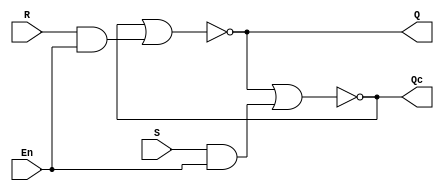
module srlatch(S,R,En,Q,Qc);
	input S, R;    
	input En; 
	output Q, Qc;     
	assign	Q  = ~(Qc | (R & En));
	assign  Qc = ~(Q  | (S & En));

endmodule

//4-bit S-R latch module
module srlatch4(S,R,En,Q,Qc);
    input [3:0] S, R;    
    input En; 
    output [3:0] Q, Qc;     
    
    srlatch l0 (S[0],R[0],En,Q[0], Qc[0]);
    srlatch l1 (S[1],R[1],En,Q[1], Qc[1]);
    srlatch l2 (S[2],R[2],En,Q[2], Qc[2]);
    srlatch l3 (S[3],R[3],En,Q[3], Qc[3]);
endmodule
//************************************************************************
//End of Sample Solution
//************************************************************************
	module srlatch4_tb;
		reg [3:0] S, R, Qp, Qcp;
		reg En;
		wire [3:0] Q, Qc;

		srlatch4 srl4 ( S, R, En, Q, Qc);
    		srlatch  srl  (S[0],R[0],En,Q[0], Qc[0]);

		parameter STDIN = 32'h8000_0000;
		integer testid;
		integer ret;

		initial begin  

			ret = $fscanf(STDIN,"%d",testid);
			case(testid)
				0:    	begin
						S = 4'b0000; R = 4'b1111; En = 1; 
						#5; {Qp, Qcp} = {Q, Qc}; S = 4'b0000; R = 4'b0000; En = 1;
					end
				1:    	begin
						S = 4'b0101; R = 4'b1010; En = 1; 
						#5; {Qp, Qcp} = {Q, Qc}; S = 4'b1100; R = 4'b0000; En = 0;    
					end
				2:    	begin
						S = 4'b1111; R = 4'b0000; En = 1; 
						#5; {Qp, Qcp} = {Q, Qc}; S = 4'b1100; R = 4'b0011; En = 1;    
					end
				3:    	begin
						S = 4'b1100; R = 4'b0011; En = 1; 
						#5; {Qp, Qcp} = {Q, Qc}; S = 4'b1010; R = 4'b0101; En = 1;    
					end
				
				default:	begin
							$display("Bad testcase id %d",testid);
        						$finish();
						end
			endcase
        		#5;
			if ( (testid==0 && Q == 4'b0000 && Qc == 4'b1111) || (testid==1 && Q == 4'b0101 && Qc == 4'b1010) 
                            || (testid==2 && Q == 4'b1100 && Qc == 4'b0011) || (testid==3 && Q == 4'b1010 && Qc == 4'b0101) )
				begin
					if ( ((testid==0 || testid==2 || testid==3) && Q[0] == 1'b0 && Qc[0] == 1'b1) || (testid==1 && Q[0] == 1'b1 && Qc[0] == 1'b0) )
	        				pass();
					else
						fail_single();	
				end
			else
 				fail();
		end

		task fail_single; 	begin
    					$display("Fail: for Q(t) = %b,  Qc(t) = %b and S = %b, R = %b, En =%b, Q(t+1) = %b, Qc(t+1) = %b is WRONG",Qp[0], Qcp[0], S[0], R[0], En, Q[0], Qc[0]);
					$finish();
  				end
  		endtask

	
 		task fail; 	begin
    					$display("Fail: for Q(t) = %b,  Qc(t) = %b and S = %b, R = %b, En =%b, Q(t+1) = %b, Qc(t+1) = %b is WRONG",Qp, Qcp, S, R, En, Q, Qc);
					$finish();
  				end
  		endtask

  		task pass; 	begin
    		    			$display("Pass: for Q(t) = %b,  Qc(t) = %b and S = %b, R = %b, En =%b, Q(t+1) = %b, Qc(t+1) = %b",Qp, Qcp, S, R, En, Q, Qc);
					$finish();
				end
		endtask

      
endmodule